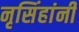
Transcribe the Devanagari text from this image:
नृसिंहांनी